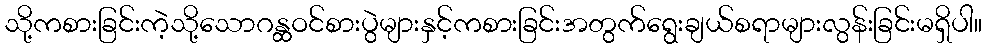
သို့ကစားခြင်းကဲ့သို့သောဂန္ထဝင်စားပွဲများနှင့်ကစားခြင်းအတွက်ရွေးချယ်စရာများလွန်းခြင်းမရှိပါ။